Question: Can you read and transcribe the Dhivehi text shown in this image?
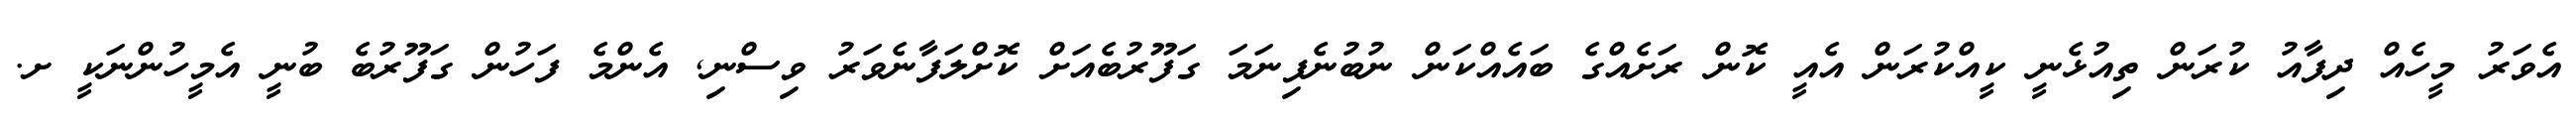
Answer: އެވަރު މީހެއް ދިފާއު ކުރަން ތިއުޅެނީ ކީއްކުރަން އެއީ ކޮން ރަށެއްގެ ބައެއްކަން ނުބުނެފިނަމަ ގަފޫރުބެއަށް ކޮށްލަފާނެވަރު ވިސްނި, އެންމެ ފަހުން ގަފޫރުބެ ބުނީ އެމީހުންނަކީ ށ.